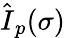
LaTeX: \hat{\mathbf\cal I}_{p}(\sigma)